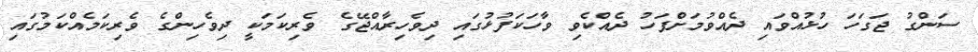
ސަންގު ޖަގަހަ ހުޅުއްވައި ދެއްވުމަށްފަހު ދެއްކެވި ވާހަކަފުޅުގައި ދިވެހިރާއްޖޭގެ ވެރިކަމަކީ ދިވެހިންގެ ވެރިކަމެއްކަމުގައި